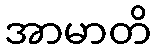
အာမာတိ